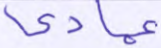
عمادي